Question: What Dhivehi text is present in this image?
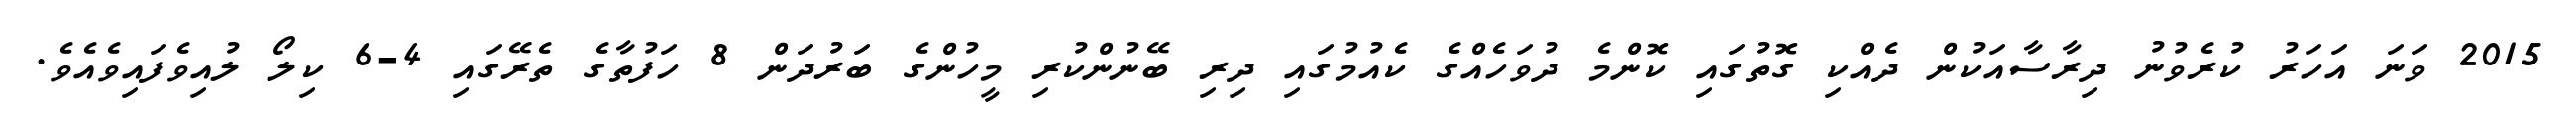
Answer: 2015 ވަނަ އަހަރު ކުރެވުނު ދިރާސާއަކުން ދެއްކި ގޮތުގައި ކޮންމެ ދުވަހެއްގެ ކެއުމުގައި ދިރި ބޭނުންކުރި މީހުންގެ ބަރުދަން 8 ހަފުތާގެ ތެރޭގައި 4-6 ކިލޯ ލުއިވެފައިވެއެވެ.